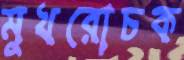
মুখরোচক